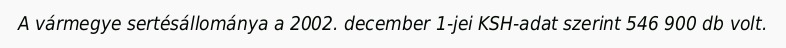
A vármegye sertésállománya a 2002. december 1-jei KSH-adat szerint 546 900 db volt.